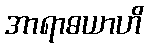
အာရာဓယာဟိ